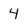
Character: 4